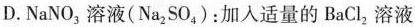
D.NaNO_{3}溶液(Na_{2}SO_{4})：加入适量的BaCl_{2}溶液